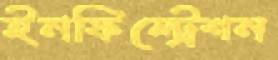
ইনফিল্ট্রেশন